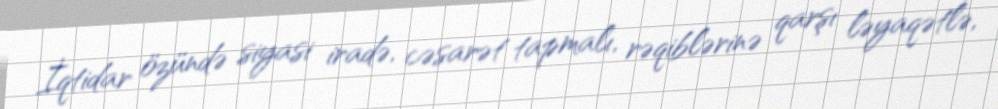
İqtidar özündə siyasi iradə, cəsarət tapmalı, rəqiblərinə qarşı ləyaqətlə,